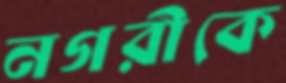
নগরীকে